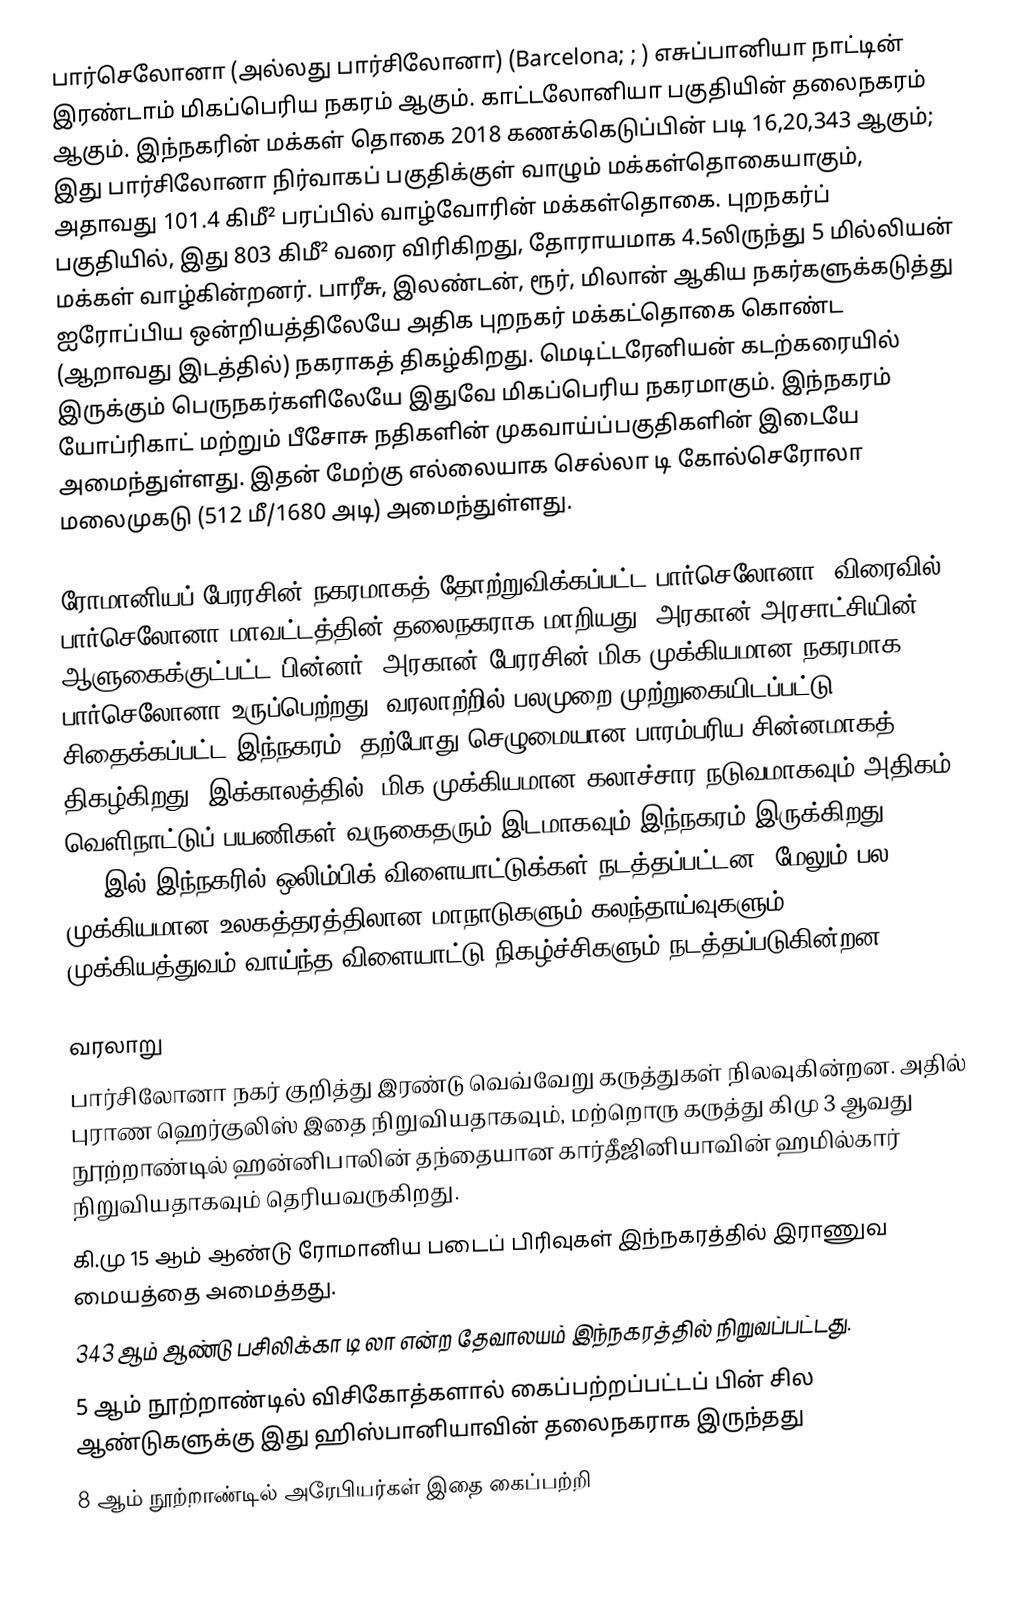
பார்செலோனா (அல்லது பார்சிலோனா) (Barcelona; ; ) எசுப்பானியா நாட்டின் இரண்டாம் மிகப்பெரிய நகரம் ஆகும். காட்டலோனியா பகுதியின் தலைநகரம் ஆகும். இந்நகரின் மக்கள் தொகை 2018 கணக்கெடுப்பின் படி 16,20,343 ஆகும்; இது பார்சிலோனா நிர்வாகப் பகுதிக்குள் வாழும் மக்கள்தொகையாகும், அதாவது 101.4 கிமீ² பரப்பில் வாழ்வோரின் மக்கள்தொகை.  புறநகர்ப் பகுதியில், இது 803 கிமீ² வரை விரிகிறது, தோராயமாக 4.5லிருந்து 5 மில்லியன் மக்கள் வாழ்கின்றனர். பாரீசு, இலண்டன், ரூர், மிலான் ஆகிய நகர்களுக்கடுத்து ஐரோப்பிய ஒன்றியத்திலேயே அதிக புறநகர் மக்கட்தொகை கொண்ட (ஆறாவது இடத்தில்) நகராகத் திகழ்கிறது. மெடிட்டரேனியன் கடற்கரையில் இருக்கும் பெருநகர்களிலேயே இதுவே மிகப்பெரிய நகரமாகும். இந்நகரம் யோப்ரிகாட் மற்றும் பீசோசு நதிகளின் முகவாய்ப்பகுதிகளின் இடையே அமைந்துள்ளது. இதன் மேற்கு எல்லையாக செல்லா டி கோல்செரோலா மலைமுகடு (512 மீ/1680 அடி) அமைந்துள்ளது.

ரோமானியப் பேரரசின் நகரமாகத் தோற்றுவிக்கப்பட்ட பார்செலோனா, விரைவில் பார்செலோனா மாவட்டத்தின் தலைநகராக மாறியது. அரகான் அரசாட்சியின் ஆளுகைக்குட்பட்ட பின்னர், அரகான் பேரரசின் மிக முக்கியமான நகரமாக பார்செலோனா உருப்பெற்றது.  வரலாற்றில் பலமுறை முற்றுகையிடப்பட்டு சிதைக்கப்பட்ட இந்நகரம், தற்போது செழுமையான பாரம்பரிய சின்னமாகத் திகழ்கிறது. இக்காலத்தில், மிக முக்கியமான கலாச்சார நடுவமாகவும் அதிகம் வெளிநாட்டுப் பயணிகள் வருகைதரும் இடமாகவும் இந்நகரம் இருக்கிறது. 1992இல் இந்நகரில் ஒலிம்பிக் விளையாட்டுக்கள் நடத்தப்பட்டன. மேலும் பல முக்கியமான உலகத்தரத்திலான மாநாடுகளும் கலந்தாய்வுகளும், முக்கியத்துவம் வாய்ந்த விளையாட்டு நிகழ்ச்சிகளும் நடத்தப்படுகின்றன.

வரலாறு
 பார்சிலோனா நகர் குறித்து இரண்டு வெவ்வேறு கருத்துகள் நிலவுகின்றன. அதில் புராண ஹெர்குலிஸ் இதை நிறுவியதாகவும், மற்றொரு கருத்து கிமு 3 ஆவது நூற்றாண்டில் ஹன்னிபாலின் தந்தையான கார்தீஜினியாவின் ஹமில்கார் நிறுவியதாகவும் தெரியவருகிறது.
 கி.மு 15 ஆம் ஆண்டு ரோமானிய படைப் பிரிவுகள் இந்நகரத்தில் இராணுவ மையத்தை அமைத்தது.
 343 ஆம் ஆண்டு பசிலிக்கா டி லா என்ற தேவாலயம் இந்நகரத்தில் நிறுவப்பட்டது.
 5 ஆம் நூற்றாண்டில் விசிகோத்களால் கைப்பற்றப்பட்டப் பின் சில ஆண்டுகளுக்கு இது ஹிஸ்பானியாவின் தலைநகராக இருந்தது
 8 ஆம் நூற்றாண்டில் அரேபியர்கள் இதை கைப்பற்றி